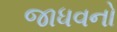
જાધવનો